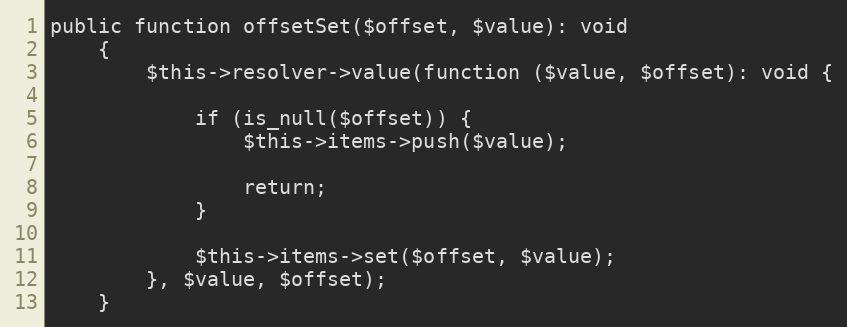
Language: PHP
public function offsetSet($offset, $value): void
    {
        $this->resolver->value(function ($value, $offset): void {

            if (is_null($offset)) {
                $this->items->push($value);

                return;
            }

            $this->items->set($offset, $value);
        }, $value, $offset);
    }